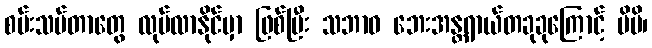
စမ်းသပ်တာတွေ လုပ်လာနိုင်မှာ ဖြစ်ပြီး သဘာဝ ဘေးအန္တရာယ်တခုခုကြောင့် ပိမိ၊